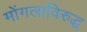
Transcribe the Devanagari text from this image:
मोंगलाविरुद्ध